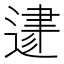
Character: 𨔥